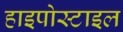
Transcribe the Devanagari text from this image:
हाइपोस्टाइल